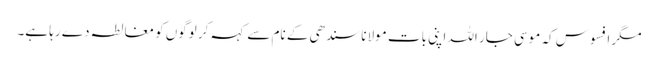
مگر افسوس کہ موسی جار اللہ اپنی بات مولانا سندھی کے نام سے کہہ کر لوگوں کو مغالطہ دے رہا ہے۔